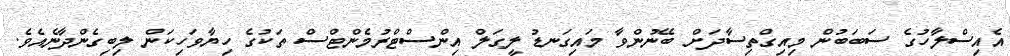
އެއިސްލާހުގެ ސަބަބުން މިއިގްތިސާދަށް ބޭނުންވާ މައިގަނޑު ލީގަލް އިންސްޓްރުމެންޓްސް ތަކުގެ ހިޔާވަހިކަން ލިބިގެންދާނެއެވެ.